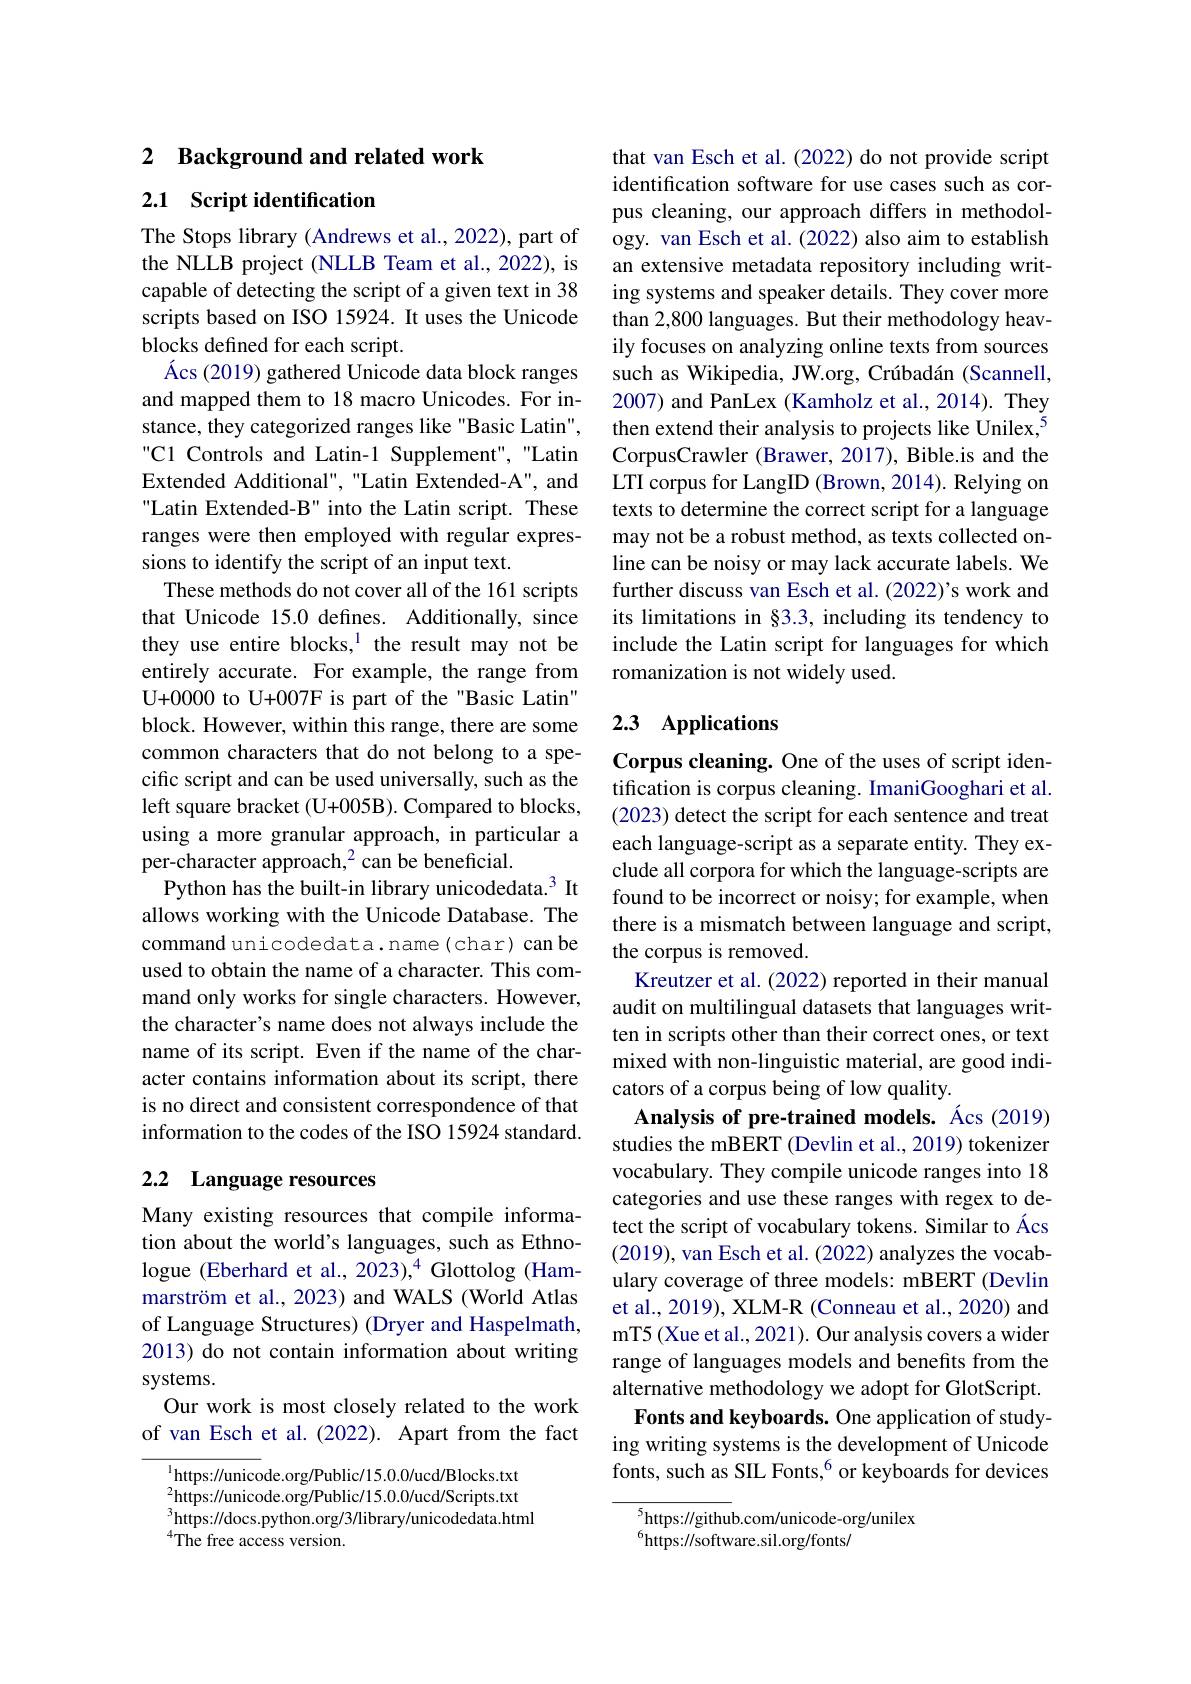
2 Background and related work

## 2.1 Script identification

The Stops library (Andrews et al., 2022), part of the NLLB project (NLLB Team et al., 2022), is capable of detecting the script of a given text in 38 scripts based on ISO 15924. It uses the Unicode blocks defined for each script.
Ács (2019) gathered Unicode data block ranges and mapped them to 18 macro Unicodes. For instance, they categorized ranges like "Basic Latin", "C1 Controls and Latin-1 Supplement", "Latin Extended Additional", "Latin Extended-A", and Latin Extended-B" into the Latin script. These ranges were then employed with regular expressions to identify the script of an input text.
These methods do not cover all of the 161 scripts that Unicode 15.0 defines. Additionally, since they use entire blocks,$^{1}$ the result may not be entirely accurate. For example, the range from U+0000 to U+007F is part of the "Basic Latin" block. However, within this range, there are some common characters that do not belong to a specific script and can be used universally, such as the left square bracket (U+005B). Compared to blocks, using a more granular approach, in particular a per-character approach,$^{2}$can be beneficial.
Python has the built-in library unicodedata.$^{3}$ It allows working with the Unicode Database. The command unicodedata.name(char) can be used to obtain the name of a character. This command only works for single characters. However, the character's name does not always include the name of its script. Even if the name of the character contains information about its script, there is no direct and consistent correspondence of that information to the codes of the ISO 15924 standard.

# 2.2 Language resources

Many existing resources that compile information about the world's languages, such as Ethnologue (Eberhard et al., 2023),$^{4}$ Glottolog (Hammarström et al., 2023) and WALS (World Atlas of Language Structures) (Dryer and Haspelmath, 2013) do not contain information about writing systems.
Our work is most closely related to the work of van Esch et al.(2022). Apart from the fact

$^{1}$https://unicode.org/Public/15.0.0/ucd/Blocks.txt $^{2}$https://unicode.org/Public/15.0.0/ucd/Scripts.txt $^{3}$https://docs.python.org/3/library/unicodedata.html ${}^{4}$The free access version.

that van Esch et al. (2022) do not provide script identification software for use cases such as corpus cleaning, our approach differs in methodology. van Esch et al. (2022) also aim to establish an extensive metadata repository including writing systems and speaker details. They cover more than 2,800 languages. But their methodology heavily focuses on analyzing online texts from sources such as Wikipedia, JW.org, Crúbadán (Scannell, 2007) and PanLex (Kamholz et al., 2014). They then extend their analysis to projects like Unilex,$^{5}$ CorpusCrawler (Brawer, 2017), Bible.is and the LTI corpus for LangID (Brown, 2014). Relying on texts to determine the correct script for a language may not be a robust method, as texts collected online can be noisy or may lack accurate labels. We further discuss van Esch et al. (2022)'s work and its limitations in §3.3, including its tendency to include the Latin script for languages for which romanization is not widely used.

## 2.3 Applications

Corpus cleaning. One of the uses of script identification is corpus cleaning. ImaniGooghari et al. (2023) detect the script for each sentence and treat each language-script as a separate entity. They exclude all corpora for which the language-scripts are found to be incorrect or noisy; for example, when there is a mismatch between language and script, the corpus is removed.
Kreutzer et al. (2022) reported in their manual audit on multilingual datasets that languages written in scripts other than their correct ones, or text mixed with non-linguistic material, are good indicators of a corpus being of low quality.
Analysis of pre-trained models. Ács (2019) studies the mBERT (Devlin et al., 2019) tokenizer vocabulary. They compile unicode ranges into 18 categories and use these ranges with regex to detect the script of vocabulary tokens. Similar to Ács (2019), van Esch et al. (2022) analyzes the vocabulary coverage of three models: mBERT (Devlin et al., 2019), XLM-R (Conneau et al., 2020) and mT5 (Xue et al., 2021). Our analysis covers a wider range of languages models and benefits from the alternative methodology we adopt for GlotScript. Fonts and keyboards. One application of study-
ing writing systems is the development of Unicode fonts, such as SIL Fonts,$^6$ or keyboards for devices

${^5\text{https:}//\text{githu}}$b.com/unicode-org/unilex
$^{6}$https://software.sil.org/fonts/